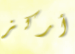
أركز